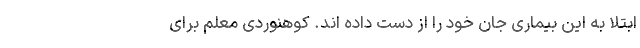
ابتلا به این بیماری جان خود را از دست داده اند. کوهنوردی معلم برای